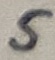
Text: 5